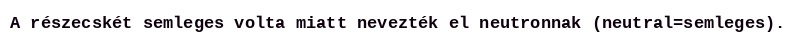
A részecskét semleges volta miatt nevezték el neutronnak (neutral=semleges).